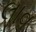
લાવ